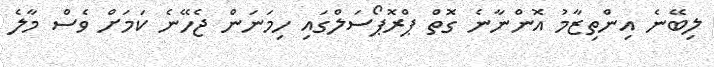
ލިބޭނެ އިންތިޒާމު އޮންނާނެ ގޮތް ޕްރޮޕޯސަލްގައި ހިމަނަން ޖެހޭނެ ކަމަށް ވެސް މާލެ